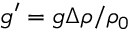
g ^ { \prime } = g \Delta \rho / \rho _ { 0 }